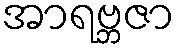
အာရဗ္ဘဇာ